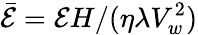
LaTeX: \bar{\mathcal{E}}=\mathcal{E}H/(\eta\lambda V_{w}^{2})